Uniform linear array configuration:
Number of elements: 32
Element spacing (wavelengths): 0.5
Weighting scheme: hamming
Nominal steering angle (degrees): -45
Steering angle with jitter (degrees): -44.478
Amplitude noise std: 0.05
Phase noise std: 0.05

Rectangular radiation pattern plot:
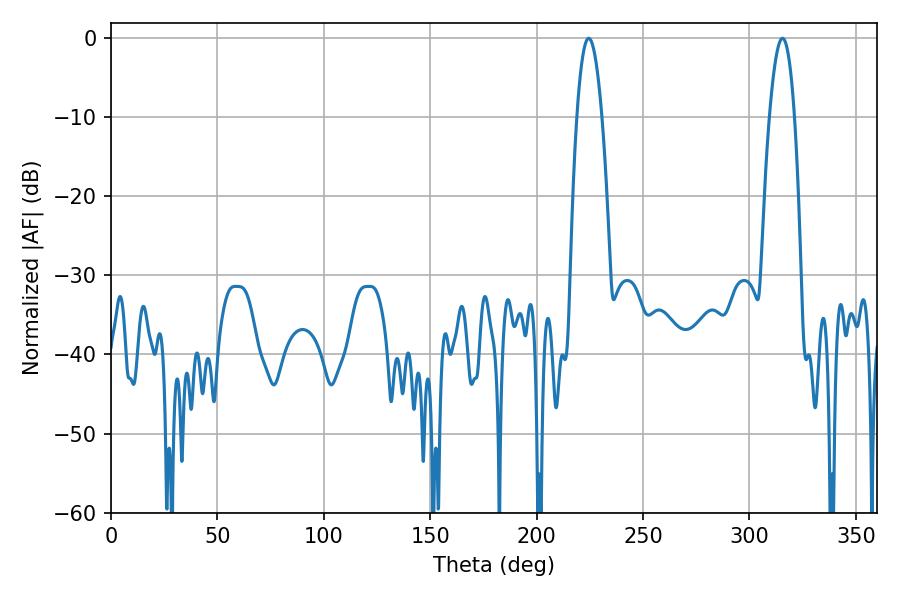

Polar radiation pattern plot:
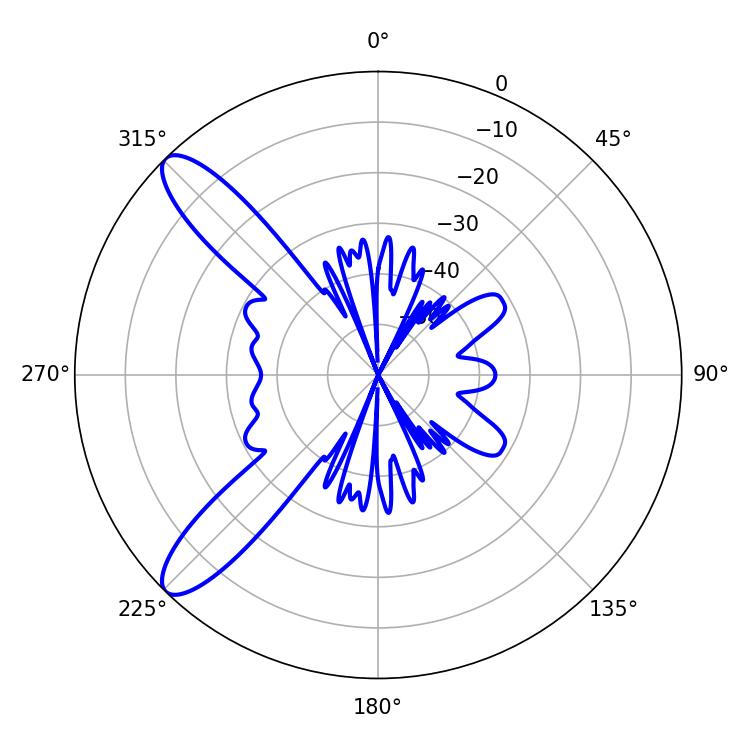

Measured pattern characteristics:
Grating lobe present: FALSE
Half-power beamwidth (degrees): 6.48
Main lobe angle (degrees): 224.46